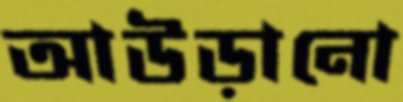
আউড়ানো